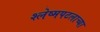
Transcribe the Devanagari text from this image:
श्लेष्मपटलाच्या